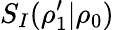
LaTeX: S_{I}(\rho_{1}^{\prime}|\rho_{0})